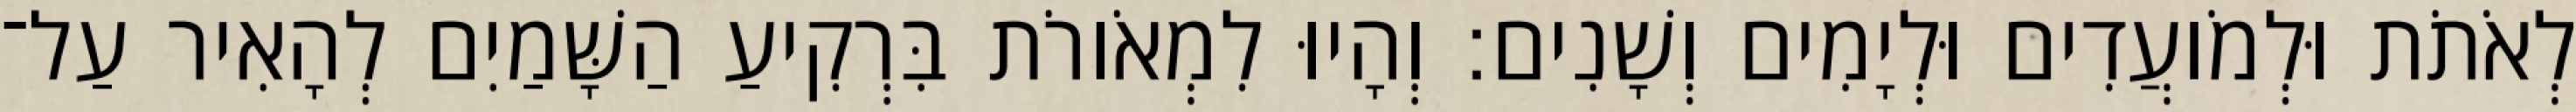
לְאֹתֹת וּלְמֹועֲדִים וּלְיָמִים וְשָׁנִים׃ וְהָיוּ לִמְאֹורֹת בִּרְקִיעַ הַשָּׁמַיִם לְהָאִיר עַל־